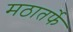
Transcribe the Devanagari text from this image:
मठातर्फे